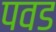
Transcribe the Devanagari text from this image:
पवड